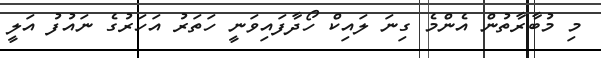
މި މުބާރާތުން އެންމެ ގިނަ ލައިކް ހޯދާފައިވަނީ ހަތަރު އަހަރުގެ ނައުފު އަލީ